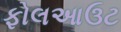
ફોલઆઉટ